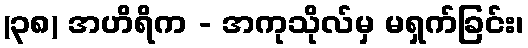
(၃၈) အဟိရိက - အကုသိုလ်မှ မရှက်ခြင်း၊